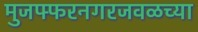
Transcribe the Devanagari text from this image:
मुजफ्फरनगरजवळच्या